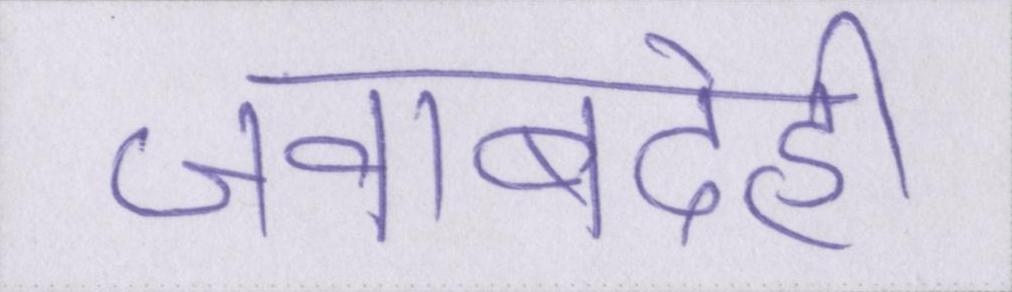
जवाबदेही